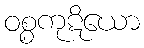
ဝစ္စကုဋိယော